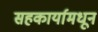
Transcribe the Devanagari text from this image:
सहकार्यामधून